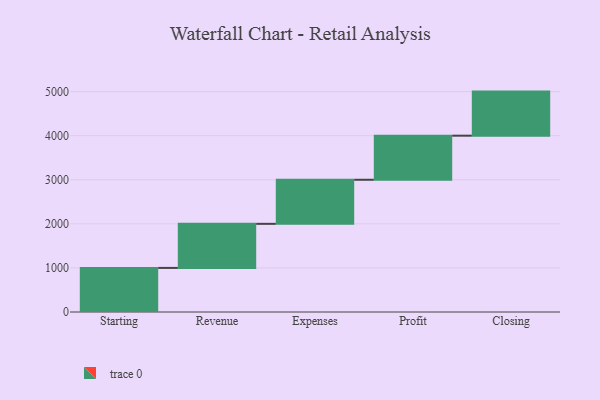
{"axis": {"x": "Step", "y": "Value"}, "legend": [""], "data": [{"x": "Starting", "y": 1000, "type": ""}, {"x": "Revenue", "y": 1000, "type": ""}, {"x": "Expenses", "y": 1000, "type": ""}, {"x": "Profit", "y": 1000, "type": ""}, {"x": "Closing", "y": 1000, "type": ""}]}